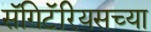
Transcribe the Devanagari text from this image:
सॅगिटॅरियसच्या